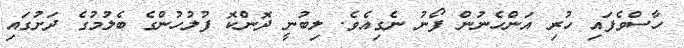
ހާސްވެފައި ހުރި އަންހެނުން ފޯނު ނެގިއެވެ. ލިބުނީ ދޮންކޮ ފުލުހުންގެ ބެލުމުގެ ދަށުގައި